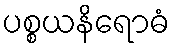
ပစ္စယနိရောဓံ